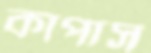
কাপাস